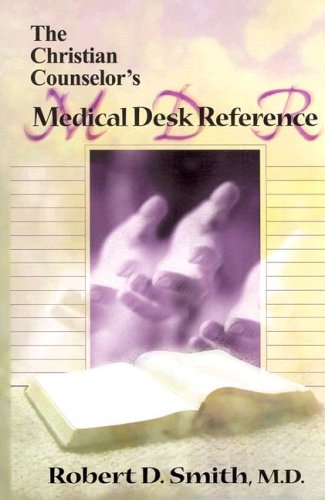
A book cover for The Christian Counselor's Medical Desk Reference; Robert Smith; Health, Fitness & Dieting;